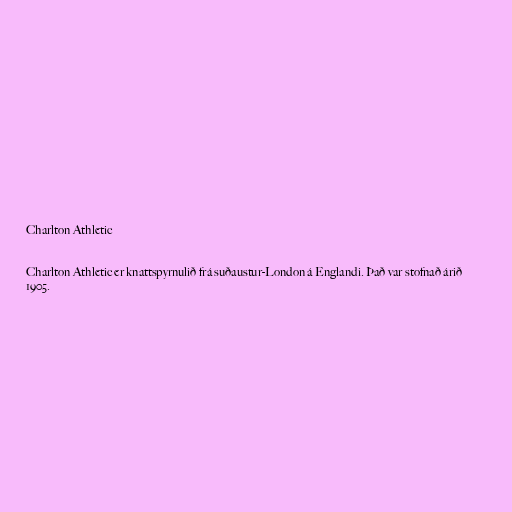
Charlton Athletic

Charlton Athletic er knattspyrnulið frá suðaustur-London á Englandi. Það var stofnað árið
1905.